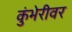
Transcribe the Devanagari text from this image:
कुंभेरीवर